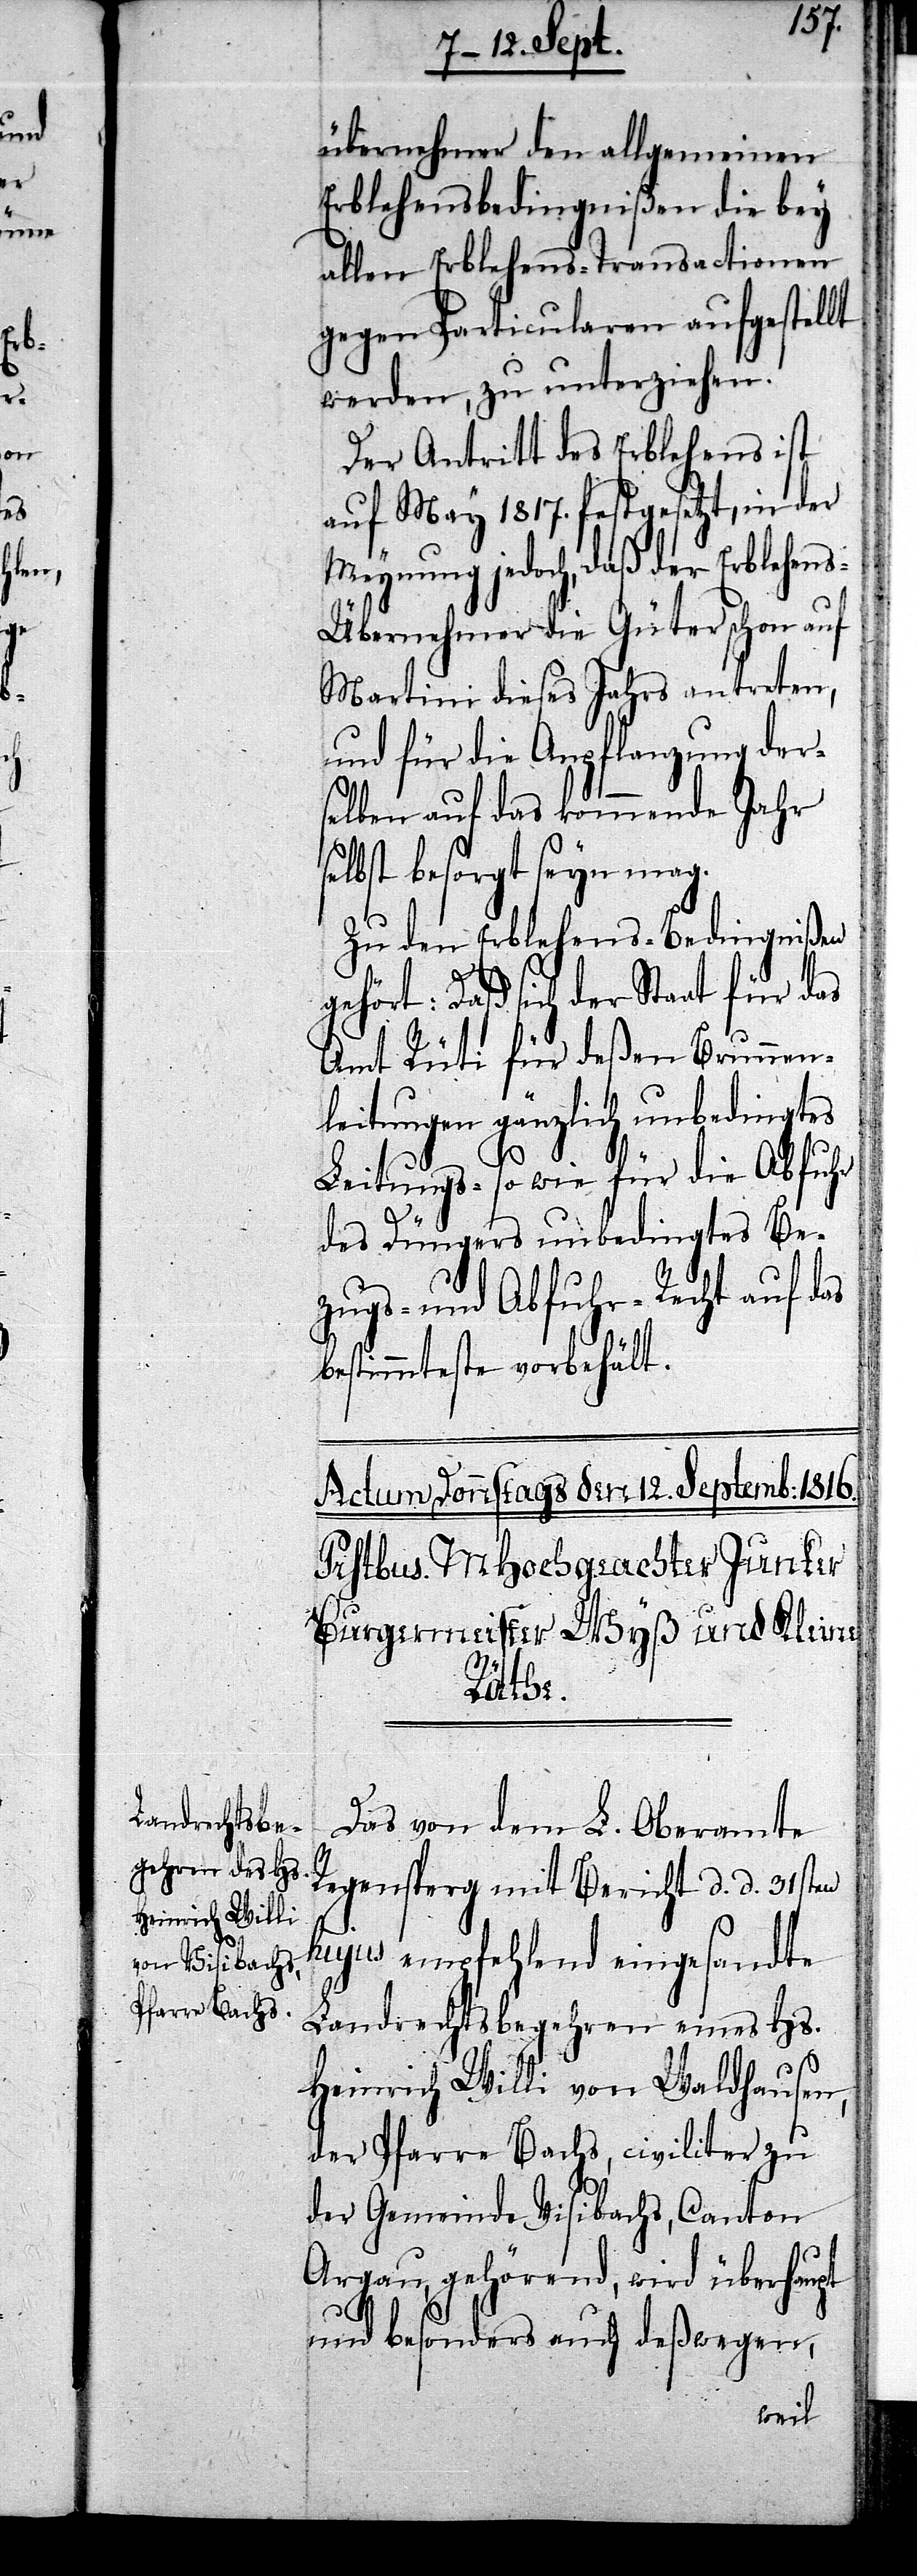
übernehmer den allgemeinen
Erblehensbedingnißen die bey
allen Erblehens-Transactionen
gegen Particularen aufgestellt
werden, zu unterziehen.
Der Antritt des Erblehens ist
auf May 1817. festgesetzt, in der
Meynung jedoch, daß der Erblehen¬
s-Übernehmer die Güter schon auf
Martini dieses Jahres antreten,
und für die Anpflanzung der¬
selben auf das kommende Jahr
selbst besorgt seyn mag.
Zu den Erblehens-Bedingnißen
ehört: Daß sich der Staat für das
Amt Rüti für deßen Brunnen¬
leitungen gänzlich unbedingtes
Leitungs- so wie für die Abfuhr
des Düngers unbedingtes Be¬
zugs- und Abfuhr-Recht auf das
bestimmteste vorbehält.
Das von dem L. Oberamte
Regensperg mit Bericht d. d. 31sten
hujus empfehlend eingesandte
Landrechtsbegehren eines Hs.
g¬
Heinrich Willi von Waldhausen,
der Pfarre Bachs, civiliter zu
der Gemeinde Visibachs, Canton
Argau, gehörend, wird überhaupt
und besonders auch deßwegen,